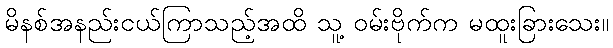
မိနစ်အနည်းငယ်ကြာသည့်အထိ သူ့ ဝမ်းဗိုက်က မထူးခြားသေး။